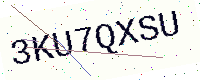
Text: 3KU7QXSU